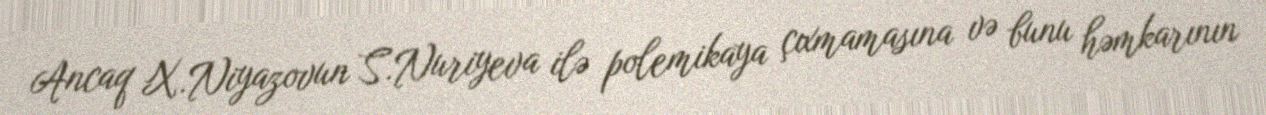
Ancaq X.Niyazovun S.Nuriyeva ilə polemikaya çıxmamasına və bunu həmkarının